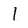
Character: I